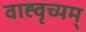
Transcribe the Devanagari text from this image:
वाह्वृच्यम्